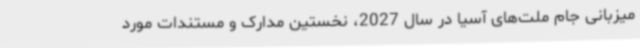
میزبانی جام ملت‌های آسیا در سال 2027، نخستین مدارک و مستندات مورد